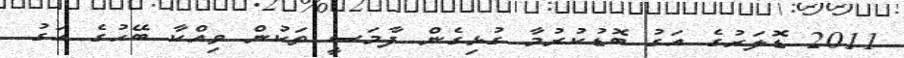
2011 ޑޮލަރުގެ އަގު ބޮޑުކުރުމާ ގުޅިގެން ފާމަސީ ތަކުން ވިއްކާ ބޭހުގެ އަގު